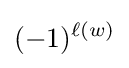
(-1)^{\ell (w)}